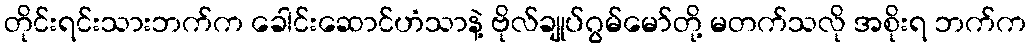
တိုင်းရင်းသားဘက်က ခေါင်းဆောင်ဟံသာနဲ့ ဗိုလ်ချုပ်ဂွမ်မော်တို့ မတက်သလို အစိုးရ ဘက်က